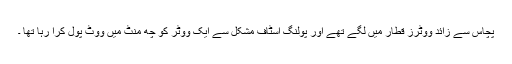
پچاس سے زائد ووٹرز قطار میں لگے تھے اور پولنگ اسٹاف مشکل سے ایک ووٹر کو چھ منٹ میں ووٹ پول کرا رہا تھا ۔